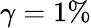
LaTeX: \gamma=1\%